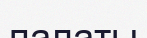
палаты